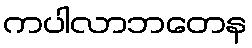
ကပါလာဘတေန